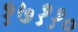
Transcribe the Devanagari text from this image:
१७११०